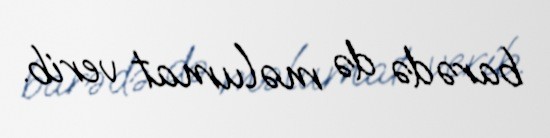
barədə də məlumat verib.